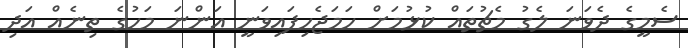
ސެމީގެ ދެވަނަ ލެގު މެޗުތައް ކުޅުމަށް ހަމަޖެހިފައިވަނީ އަންނަ މަހުގެ ތިނެއް އަދި